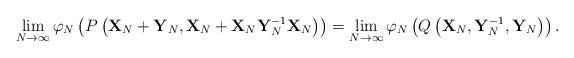
LaTeX: \begin{align*}\lim_{N\to\infty}\varphi_N\left(P\left({\bf X}_N+{\bf Y}_N,{\bf X}_N+{\bf X}_N{\bf Y}_N^{-1}{\bf X}_N\right)\right)=\lim_{N\to\infty}\varphi_N\left(Q\left({\bf X}_N,{\bf Y}_N^{-1},{\bf Y}_N\right)\right).\end{align*}